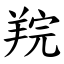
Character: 羦